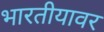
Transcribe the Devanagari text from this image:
भारतीयावर